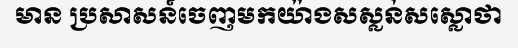
មាន ប្រសាសន៍ចេញមកយ៉ាងសស្លន់សស្លោថា